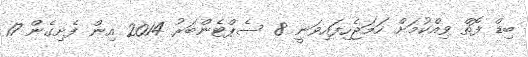
ބިޑް ފޮތް ވިއްކުމަށް ހަމަޖެހިފައިވަނީ 8 ސެޕްޓެންބަރު 2014 އިން ފެށިގެން 17